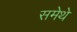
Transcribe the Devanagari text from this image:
समेथे